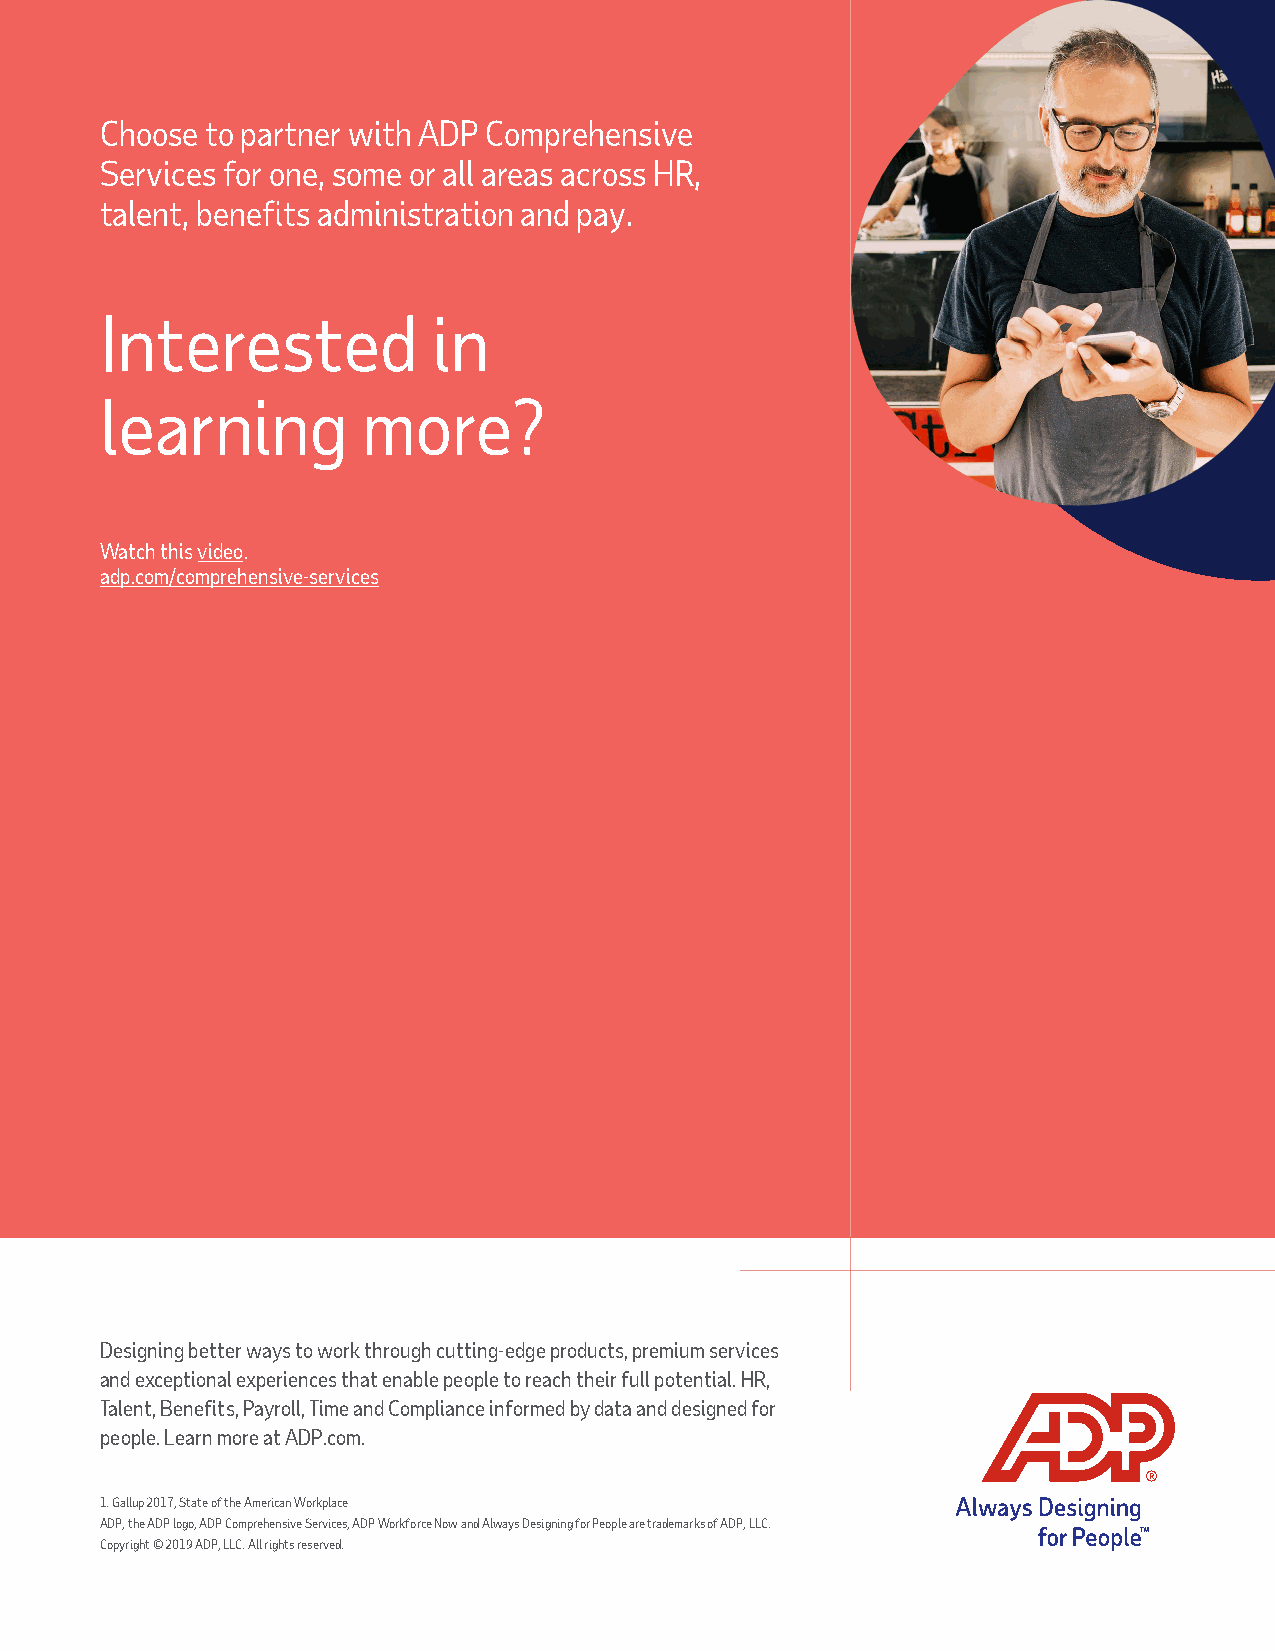
Choose to partner with ADP Comprehensive
 Services for one, some or all areas across HR,
 talent, benefits administration and pay.
 Interested            in
 learning         more?
 Watch this video.
 adp.com/comprehensive-services
 Designing better ways to work through cutting-edge products, premium services
 and exceptional experiences that enable people to reach their full potential. HR,
 Talent, Benefits, Payroll, Time and Compliance informed by data and designed for
 people. Learn more at ADP.com.
 1. Gallup 2017, State of the American Workplace
 ADP, the ADP logo, ADP Comprehensive Services, ADP Workforce Now and Always Designing for People are trademarks of ADP, LLC.
 Copyright © 2019 ADP, LLC. All rights reserved.
 6